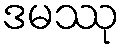
ဒမဿု